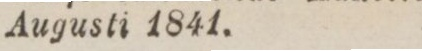
Augusti 1841.